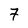
Character: 7